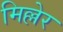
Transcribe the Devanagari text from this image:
मिल्लेर